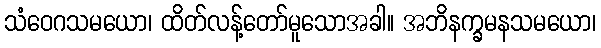
သံဝေဂသမယော၊ ထိတ်လန့်တော်မူသောအခါ။ အဘိနက္ခမနသမယော၊